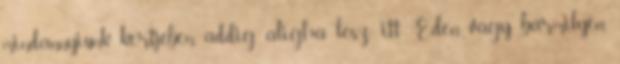
mindannyiunk kertjében, addig aligha lesz itt Éden vagy bármilyen